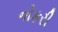
નોકરી